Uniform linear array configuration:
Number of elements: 32
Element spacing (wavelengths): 0.75
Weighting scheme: kaiser
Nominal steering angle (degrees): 30
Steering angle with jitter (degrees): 28.921
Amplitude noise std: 0.05
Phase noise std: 0.05

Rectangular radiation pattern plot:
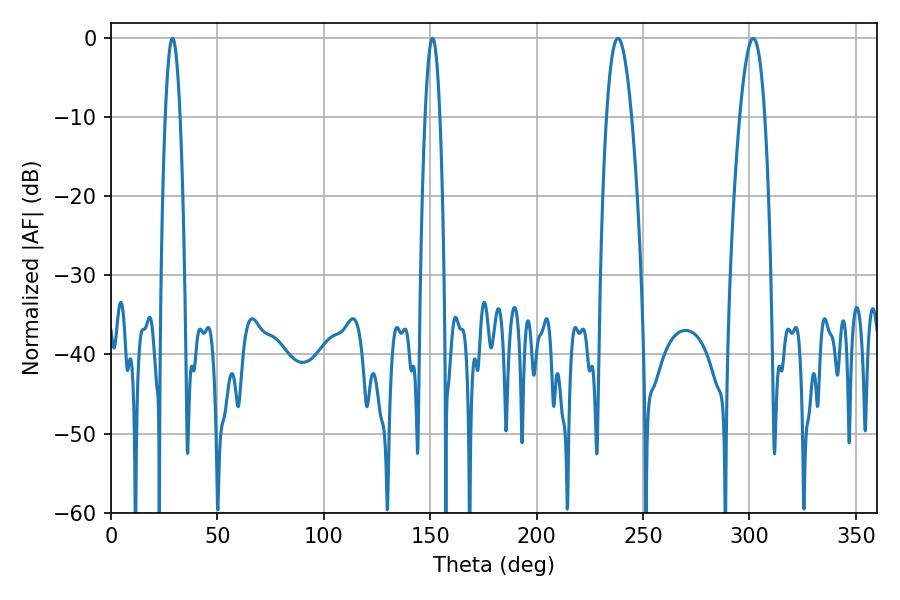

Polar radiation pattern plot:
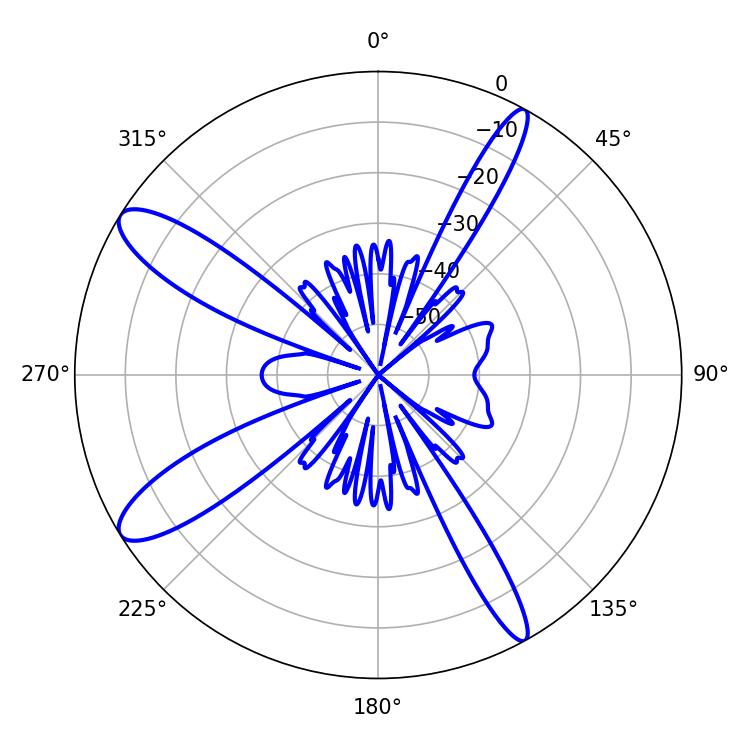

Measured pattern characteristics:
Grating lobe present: TRUE
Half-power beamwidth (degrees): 6.48
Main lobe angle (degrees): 238.14